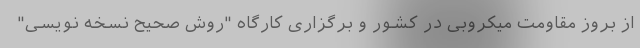
از بروز مقاومت میکروبی در کشور و برگزاری کارگاه "روش صحیح نسخه نویسی"